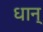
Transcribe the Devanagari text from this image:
धान्